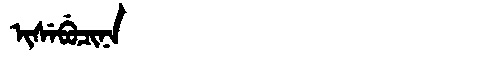
Manchu: ᡳᠰᡝᠪᡠᠴᡳᠨᠠ
Romanization: ISEBUCINA